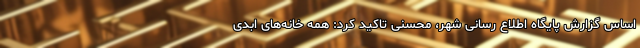
اساس گزارش پایگاه اطلاع رسانی شهر، محسنی تاکید کرد: همه خانه‌های ابدی